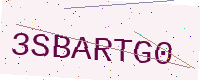
Text: 3SBARTG0